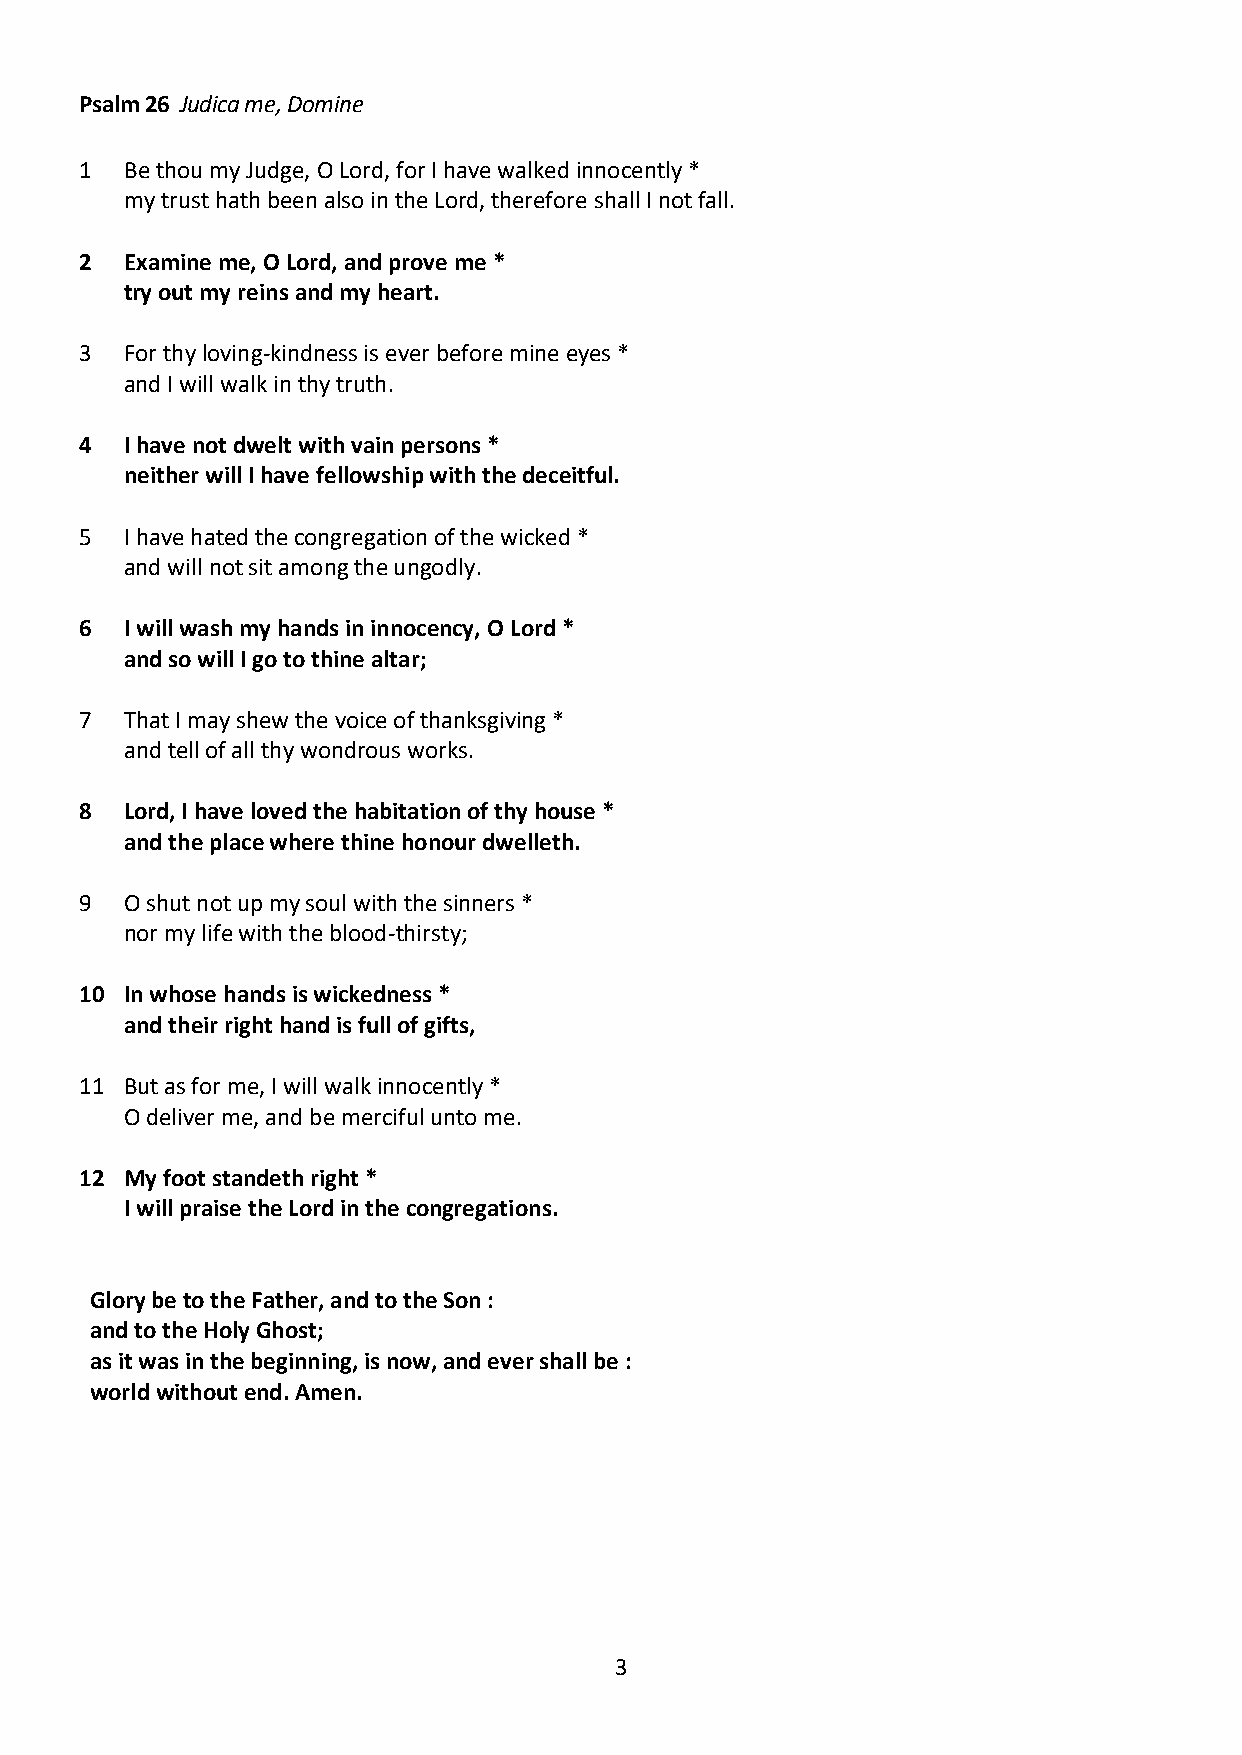
Psalm 26 Judica me, Domine
 1  Be thou my Judge, O Lord, for I have walked innocently *
 my trust hath been also in the Lord, therefore shall I not fall.
 2  Examine me, O Lord, and prove me *
 try out my reins and my heart.
 3  For thy loving-kindness is ever before mine eyes *
 and I will walk in thy truth.
 4  I have not dwelt with vain persons *
 neither will I have fellowship with the deceitful.
 5  I have hated the congregation of the wicked *
 and will not sit among the ungodly.
 6  I will wash my hands in innocency, O Lord *
 and so will I go to thine altar;
 7  That I may shew the voice of thanksgiving *
 and tell of all thy wondrous works.
 8  Lord, I have loved the habitation of thy house *
 and the place where thine honour dwelleth.
 9  O shut not up my soul with the sinners *
 nor my life with the blood-thirsty;
 10 In whose hands is wickedness *
 and their right hand is full of gifts,
 11 But as for me, I will walk innocently *
 O deliver me, and be merciful unto me.
 12 My foot standeth right *
 I will praise the Lord in the congregations.
 Glory be to the Father, and to the Son :
 and to the Holy Ghost;
 as it was in the beginning, is now, and ever shall be :
 world without end. Amen.
 3